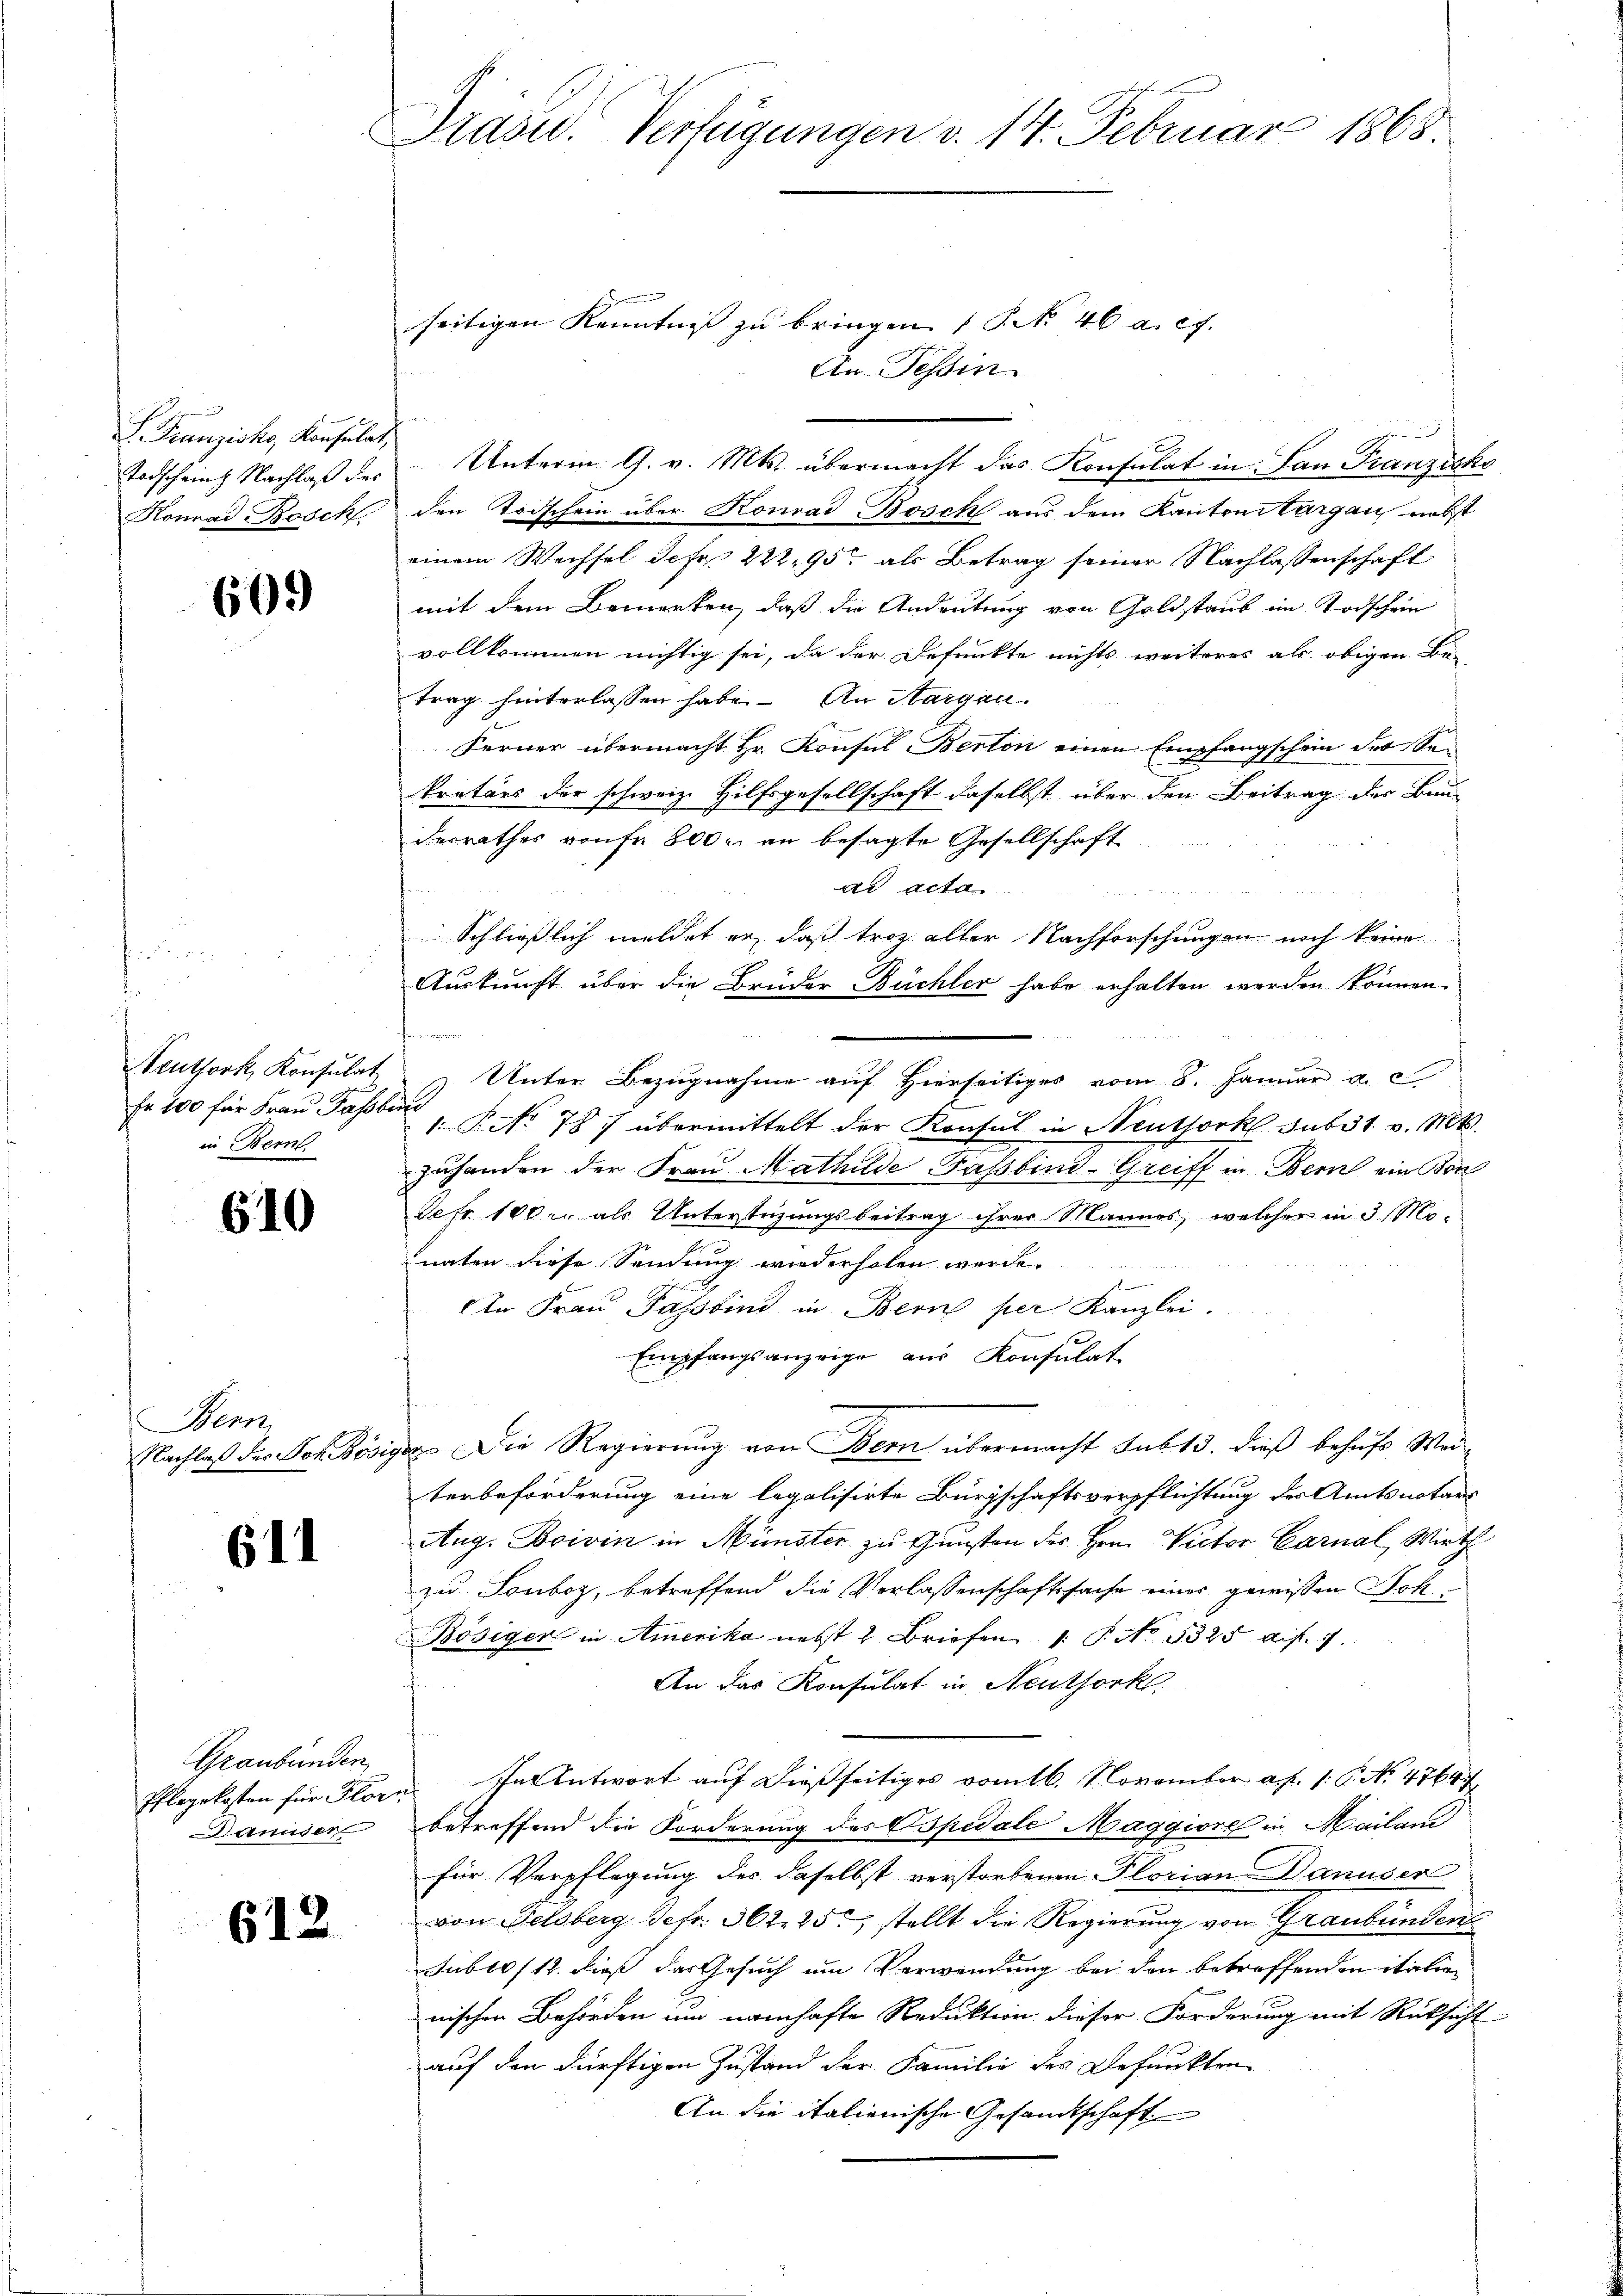
F. Franziska Konsulat,
Todschein Nachlaß des
Konrad Beschl.

609

Seuthork, Konsulat
Er 100 für Frau Fassber
in Bern

610

Bern
Nachlaß des Vor Bösi

611

Graubünden,
Pflegekosten für Flor
annder

612

Präsid. Verfügungen v. 14. Februar 1868

seitigen Kenntnis zu bringen (S. No 46 a. c.
An Tessin
n
Unterm 9. v. Mts. übermacht das Konsulat in Lan Franzisko
den Todschein über Konrad Bosch aus dem Kantons Aargau, nebst
einem Wechsel sehr 222, 95 als Betrag seiner Nachlassenschaft
mit dem Bemerken, daß die Andeutung von Goldstaub im Todschein
vollkommen nichtig sei, da der Befunkte nichts weiteres als obigen Be-
trag hinterlassen habe. An Margau.
Ferner übermacht Hr. Konsul Berton einen Empfangschein der Sekretärs der schweiz. Hilfsgesellschaft daselbst über den Beitrag der Bun-
derrathes vonse 800 r. an besagte Gesellschaft
ad acta
2 10
u
Schließlich meldet er, daß troz aller Nachforschungen noch keine
Auskunft über die Brüder Büchler habe erhalten werden können.
e
Unter Bezugnahme auf Hierseitiges vom 8. Januar a. c
J
1. P. No 787 übermittelt der Konsul in Neuthork sub 31. v. Mts.
zuhanden der Frau Mathilde Fassbind-Greiff in Bern ein Bon
Sefr. 100. als Unterstüzungsbeitrag ihrer Mannes, welcher in 3 Monaten diese Sendung wiederholen werde.
In Frau Passind in Bern per Kanzlei.
Empfangsanzeige aus Konsulat
da. Die Regierung von Bern übermacht sub 13. dieß behufs Weiterbeförderung eine legalisirte Bürgschaftsverpflichtung der Amtsnotars
Aug. Boivin in Münster zu Gunsten des Hrn. Victor Carnal, Wirth
zu Sonboz, betreffend die Verlassenschaftssache einer gewissen Soh¬
Bösiger in Amerika nebst 2 Briefen 1. P. No. 5325 dif. 7
An das Konsulat in Neuthork
In Antwort auf dießseitiges vom 16. November a. p. 1. P. No. 47647
betreffend die Forderung des Opedale Maggiore in Mailan
für Verpflegung des daselbst verstorbenen Florian Danuser
von Feldberg Sefr. 362, 25, stellt die Regierung von Graubünden
Jublo/12. dieß das Gesuch um Verwendung bei den betreffenden italie
nischen Behörden um namhafte Reduktion dieser Forderung mit Rücksicht
auf den dürftigen Zustand der Familie des Befunkten
An die italienische Gesandtschaft